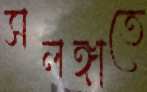
সলঙ্গাতে